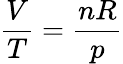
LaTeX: {\frac{V}{T}}={\frac{nR}{p}}